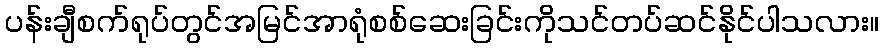
ပန်းချီစက်ရုပ်တွင်အမြင်အာရုံစစ်ဆေးခြင်းကိုသင်တပ်ဆင်နိုင်ပါသလား။